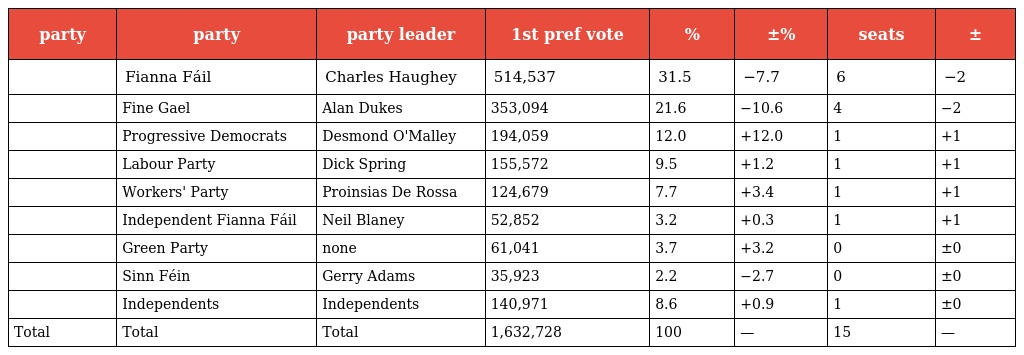
| party | party | party leader | 1st pref vote | % | ±% | seats | ± |
 | --- | --- | --- | --- | --- | --- | --- | --- |
 |  | Fianna Fáil | Charles Haughey | 514,537 | 31.5 | −7.7 | 6 | −2 |
 |  | Fine Gael | Alan Dukes | 353,094 | 21.6 | −10.6 | 4 | −2 |
 |  | Progressive Democrats | Desmond O'Malley | 194,059 | 12.0 | +12.0 | 1 | +1 |
 |  | Labour Party | Dick Spring | 155,572 | 9.5 | +1.2 | 1 | +1 |
 |  | Workers' Party | Proinsias De Rossa | 124,679 | 7.7 | +3.4 | 1 | +1 |
 |  | Independent Fianna Fáil | Neil Blaney | 52,852 | 3.2 | +0.3 | 1 | +1 |
 |  | Green Party | none | 61,041 | 3.7 | +3.2 | 0 | ±0 |
 |  | Sinn Féin | Gerry Adams | 35,923 | 2.2 | −2.7 | 0 | ±0 |
 |  | Independents | Independents | 140,971 | 8.6 | +0.9 | 1 | ±0 |
 | Total | Total | Total | 1,632,728 | 100 | — | 15 | — |